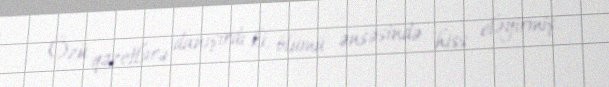
Özü qəzetlərə danışırdı ki, ölümü ənsəsində hiss eləyirmiş.